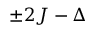
\pm 2 J - \Delta